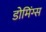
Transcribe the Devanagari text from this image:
डोमिंग्स